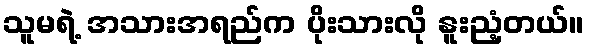
သူမရဲ့ အသားအရည်က ပိုးသားလို နူးညံ့တယ်။